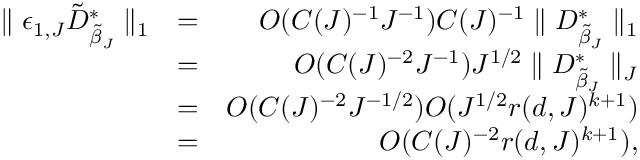
\begin{array} { r l r } { \parallel \epsilon _ { 1 , J } \tilde { D } _ { \tilde { \beta } _ { J } } ^ { * } \parallel _ { 1 } } & { = } & { O ( C ( J ) ^ { - 1 } J ^ { - 1 } ) C ( J ) ^ { - 1 } \parallel D _ { \tilde { \beta } _ { J } } ^ { * } \parallel _ { 1 } } \\ & { = } & { O ( C ( J ) ^ { - 2 } J ^ { - 1 } ) J ^ { 1 / 2 } \parallel D _ { \tilde { \beta } _ { J } } ^ { * } \parallel _ { J } } \\ & { = } & { O ( C ( J ) ^ { - 2 } J ^ { - 1 / 2 } ) O ( J ^ { 1 / 2 } r ( d , J ) ^ { k + 1 } ) } \\ & { = } & { O ( C ( J ) ^ { - 2 } r ( d , J ) ^ { k + 1 } ) , } \end{array}